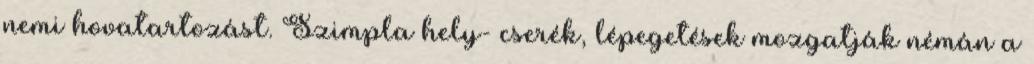
nemi hovatartozást. Szimpla hely- cserék, lépegetések mozgatják némán a